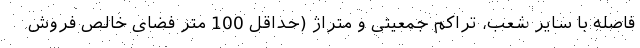
فاصله با سایر شعب، تراکم جمعیتی و متراژ (حداقل 100 متر فضای خالص فروش